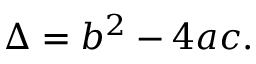
\Delta = b ^ { 2 } - 4 a c .